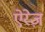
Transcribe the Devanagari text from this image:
ऐरेज़